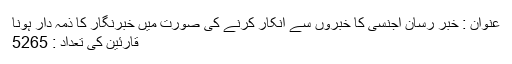
عنوان : خبر رسان اجنسی کا خبروں سے انکار کرنے کی صورت میں خبرنگار کا ذمہ دار ہونا
قارئین کی تعداد : 5265